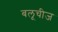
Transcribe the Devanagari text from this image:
बलूचीज